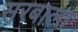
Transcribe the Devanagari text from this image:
सरबाला